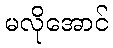
မလိုအောင်